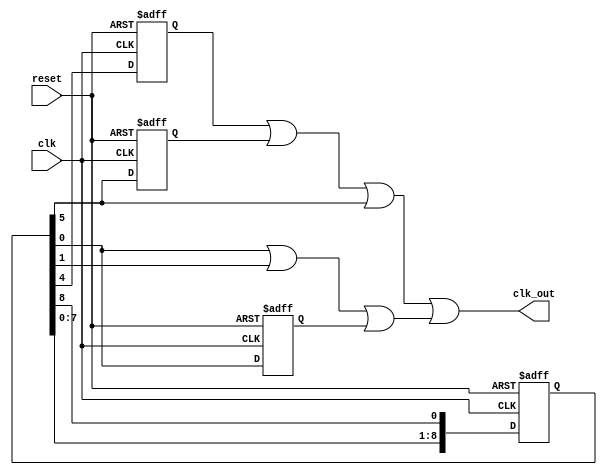
module clk_divn (clk,reset, clk_out);
 
input clk;
input reset;
output clk_out;
 
reg [8:0]  count;  
reg  ps_count1,ps_count5,ps_count6 ; 
 
/* Counter reset value : 9b000000001 */
/* count is a  ring counter */
 
always @( posedge clk or negedge reset)
if (!reset)
count[8:0] <= 9'b000000001;
else
begin
count <= count << 1;
count[0] <= count[8];
end
always @(negedge clk or negedge reset)
if (!reset)
begin
ps_count1 <= 1'b0;
ps_count5 <= 1'b0;
ps_count6 <= 1'b0;
end
else
begin
ps_count1 <= count[0];
ps_count5 <= count[4];
ps_count6 <= count[5];
end
 
// Use this Math to generate an this odd clock divider.
 
assign clk_out = (ps_count5 | ps_count6| count[5])|
(count[0] | count[1] | ps_count1);
endmodule